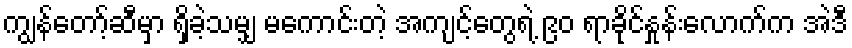
ကျွန်တော့်ဆီမှာ ရှိခဲ့သမျှ မကောင်းတဲ့ အကျင့်တွေရဲ့ ၉၀ ရာခိုင်နှုန်းလောက်က အဲဒီ